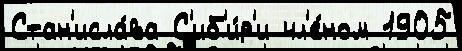
Стан'исла́ва С'иб'и́р'и чл'е́ном 1905